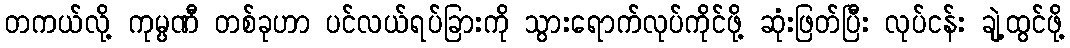
တကယ်လို့ ကုမ္ပဏီ တစ်ခုဟာ ပင်လယ်ရပ်ခြားကို သွားရောက်လုပ်ကိုင်ဖို့ ဆုံးဖြတ်ပြီး လုပ်ငန်း ချဲ့ထွင်ဖို့